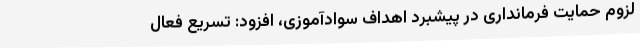
لزوم حمایت فرمانداری در پیشبرد اهداف سوادآموزی، افزود: تسریع فعال